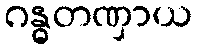
ဂန္ဓတဏှာယ